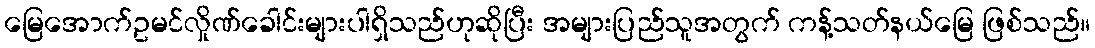
မြေအောက်ဥမင်လှိုဏ်ခေါင်းများပါရှိသည်ဟုဆိုပြီး အများပြည်သူအတွက် ကန့်သတ်နယ်မြေ ဖြစ်သည်။